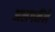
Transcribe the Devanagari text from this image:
अलगमैंने